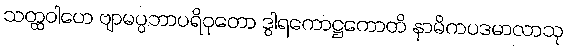
သတ္ထဝါဟေ ဗျာမပ္ပဘာပရိဝုတော ဒွါရကောဋ္ဌကောတိ နာမိကပဒမာလာသု